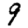
Digit: 9